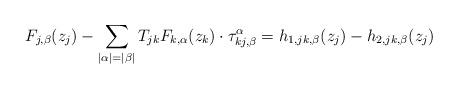
LaTeX: \begin{align*}F_{j, \beta}(z_j)-\sum_{|\alpha|=|\beta|}T_{jk}F_{k, \alpha}(z_k)\cdot\tau_{kj, \beta}^\alpha=h_{1, jk, \beta}(z_j)-h_{2, jk, \beta}(z_j)\end{align*}